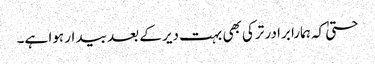
حتیٰ کہ ہمارا برادر ترکی بھی بہت دیر کے بعد بیدار ہوا ہے۔